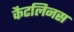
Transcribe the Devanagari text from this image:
कैटलिनस